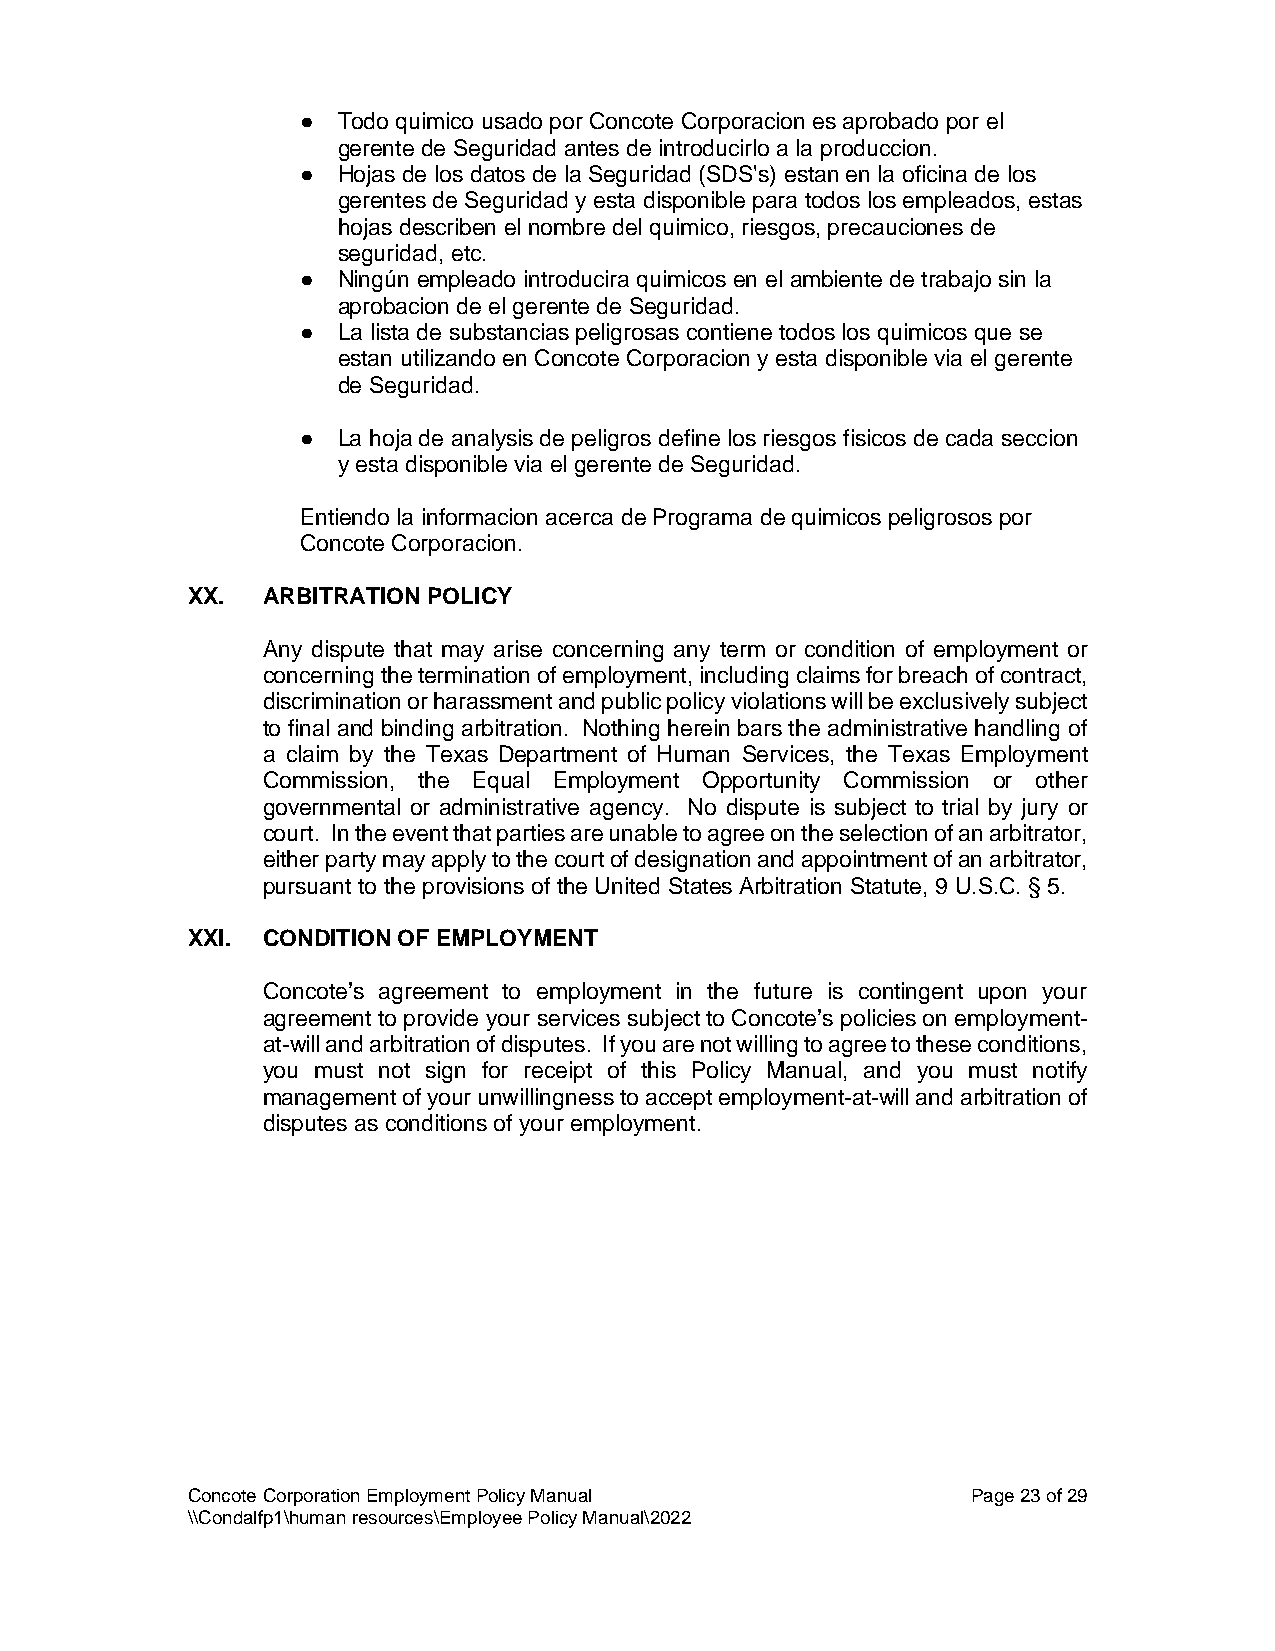
● Todo quimico usado por Concote Corporacion es aprobado por el
 gerente de Seguridad antes de introducirlo a la produccion.
 ● Hojas de los datos de la Seguridad (SDS's) estan en la oficina de los
 gerentes de Seguridad y esta disponible para todos los empleados, estas
 hojas describen el nombre del quimico, riesgos, precauciones de
 seguridad, etc.
 ● Ningún empleado introducira quimicos en el ambiente de trabajo sin la
 aprobacion de el gerente de Seguridad.
 ● La lista de substancias peligrosas contiene todos los quimicos que se
 estan utilizando en Concote Corporacion y esta disponible via el gerente
 de Seguridad.
 ● La hoja de analysis de peligros define los riesgos fisicos de cada seccion
 y esta disponible via el gerente de Seguridad.
 Entiendo la informacion acerca de Programa de quimicos peligrosos por
 Concote Corporacion.
 XX.  ARBITRATION POLICY
 Any dispute that may arise concerning any term or condition of employment or
 concerning the termination of employment, including claims for breach of contract,
 discrimination or harassment and public policy violations will be exclusively subject
 to final and binding arbitration. Nothing herein bars the administrative handling of
 a claim by the Texas Department of Human Services, the Texas Employment
 Commission, the Equal Employment Opportunity Commission or other
 governmental or administrative agency. No dispute is subject to trial by jury or
 court. In the event that parties are unable to agree on the selection of an arbitrator,
 either party may apply to the court of designation and appointment of an arbitrator,
 pursuant to the provisions of the United States Arbitration Statute, 9 U.S.C. § 5.
 XXI. CONDITION OF EMPLOYMENT
 Concote’s agreement to employment in the future is contingent upon your
 agreement to provide your services subject to Concote’s policies on employment-
 at-will and arbitration of disputes. If you are not willing to agree to these conditions,
 you must not sign for receipt of this Policy Manual, and you must notify
 management of your unwillingness to accept employment-at-will and arbitration of
 disputes as conditions of your employment.
 Concote Corporation Employment Policy Manual        Page 23 of 29
 \\Condalfp1\human resources\Employee Policy Manual\2022